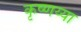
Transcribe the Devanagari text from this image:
कृष्णय्या